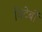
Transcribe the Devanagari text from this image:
विटेर्बो